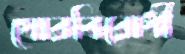
ঘোরবিরোধী